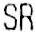
SR